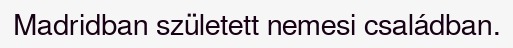
Madridban született nemesi családban.